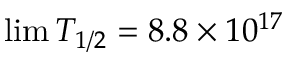
\operatorname* { l i m } T _ { 1 / 2 } = 8 . 8 \times 1 0 ^ { 1 7 }